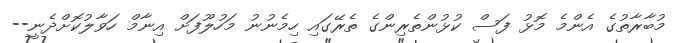
މުބާރާތުގެ އެންމެ މޮޅު ފަސް ކުޅުންތެރިންގެ ތެރޭގައި ހިމެނުނު މަހުލޫފަށް އިނާމް ހަވާލުކޮށްދެނީ--